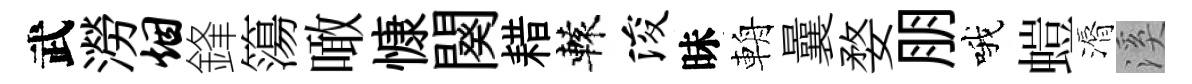
武澇烟鋒簜噉慷闋耤轅浚昧輈曩婺朋哦螘漘溪